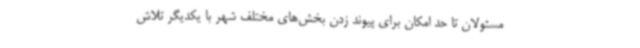
مسئولان تا حد امکان برای پیوند زدن بخش‌های مختلف شهر با یکدیگر تلاش